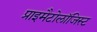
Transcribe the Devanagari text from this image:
प्राइमैटोलॉजिस्ट